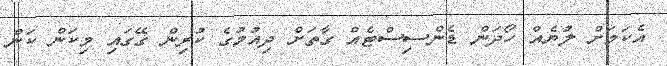
އެކަމަށް ލުޔެއް ހޯދަން ޑެންސިސްޓެއް ގާތަށް ދިއުމުގެ ކުރިން ގޭގައި މިކަން ކަން